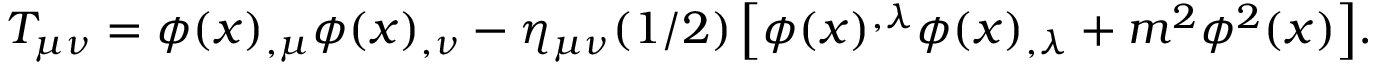
T _ { \mu \nu } = \phi ( x ) _ { , \mu } \phi ( x ) _ { , \nu } - \eta _ { \mu \nu } ( 1 / 2 ) \left[ \phi ( x ) ^ { , \lambda } \phi ( x ) _ { , \lambda } + m ^ { 2 } \phi ^ { 2 } ( x ) \right] \! .